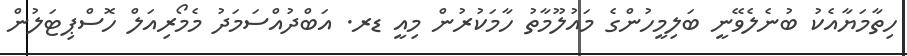
ހިތާމަޔާއެކު ބުނެލެވޭނީ ބަލިމީހުންގެ މައުލޫމާތު ހާމަކުރުން މިއީ ޑރ. އަބްދުއްސަމަދު މެމޯރިއަލް ހޮސްޕިޓަލުން